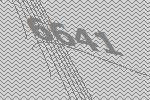
6641